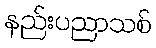
နည်းပညာသစ်